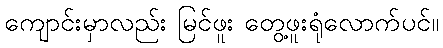
ကျောင်းမှာလည်း မြင်ဖူး တွေ့ဖူးရုံလောက်ပင်။